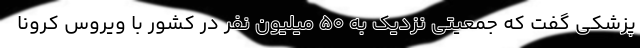
پزشکی گفت که جمعیتی نزدیک به ۵۰ میلیون نفر در کشور با ویروس کرونا